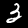
Label: 3